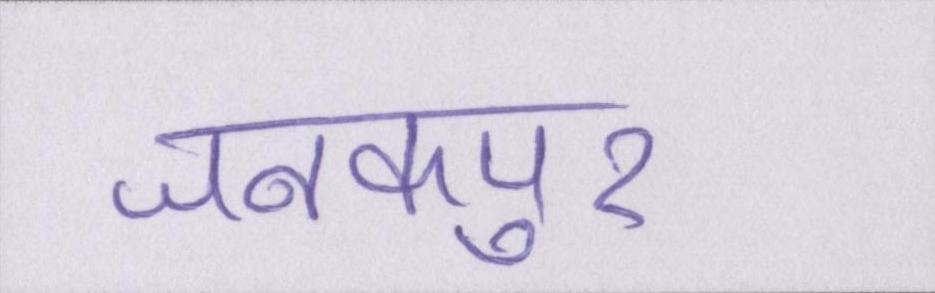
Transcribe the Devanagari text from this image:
जनकपुर